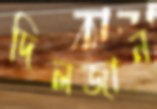
দিলজান